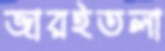
জারইতলা